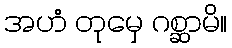
အဟံ တုမှေ ဂစ္ဆာမိ။